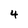
Character: 4